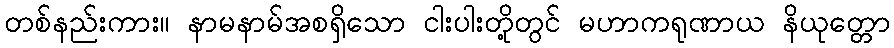
တစ်နည်းကား။ နာမနာမ်အစရှိသော ငါးပါးတို့တွင် မဟာကရုဏာယ နိယုတ္တော